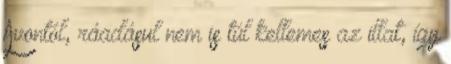
Avontól, ráadásul nem is túl kellemes az illat, így